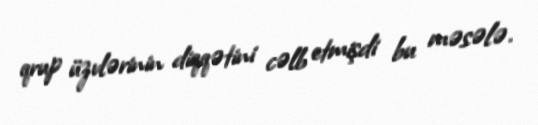
qrup üzvlərinin diqqətini cəlb etmişdi bu məsələ.